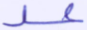
عد